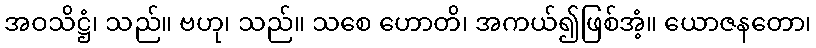
အဝသိဋ္ဌံ၊ သည်။ ဗဟု၊ သည်။ သစေ ဟောတိ၊ အကယ်၍ဖြစ်အံ့။ ယောဇနတော၊